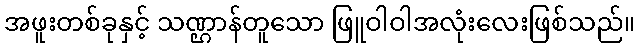
အဖူးတစ်ခုနှင့် သဏ္ဌာန်တူသော ဖြူဝါဝါအလုံးလေးဖြစ်သည်။